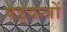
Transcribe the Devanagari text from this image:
षड्‍यन्त्रों